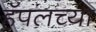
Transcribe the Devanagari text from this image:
हॅपलच्या